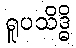
ရူပသိဒ္ဓိ